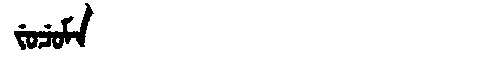
Manchu: ᠵᡠᠴᡠᠮᠠ
Romanization: JUCUMA